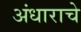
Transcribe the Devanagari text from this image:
अंधाराचे